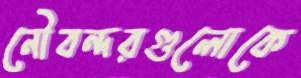
নৌবন্দরগুলোকে